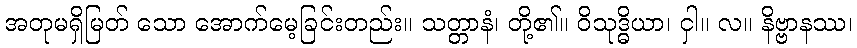
အတုမရှိမြတ် သော အောက်မေ့ခြင်းတည်း။ သတ္တာနံ၊ တို့၏။ ဝိသုဒ္ဓိယာ၊ ငှါ။ လ။ နိဗ္ဗာနဿ၊